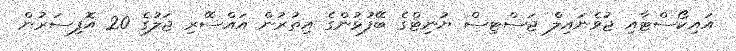
އައިކޯސްޓާއި ޖުވެނައިލް ޖަސްޓިސް ޔުނިޓްގެ ބޭފުޅުންގެ އިތުރުން އައްސޭރި ޖަލުގެ 20 އޮފިސަރުން